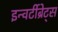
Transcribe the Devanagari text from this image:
इन्वर्टीब्रेट्स